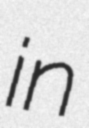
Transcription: in